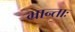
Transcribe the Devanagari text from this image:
भ्रान्ताः